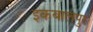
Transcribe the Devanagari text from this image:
इकबालपुर